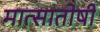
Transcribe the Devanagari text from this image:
मात्सातोषी